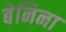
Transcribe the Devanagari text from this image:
बेनिना